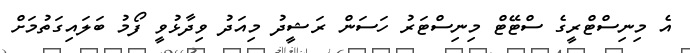
އެ މިނިސްޓްރީގެ ސްޓޭޓް މިނިސްޓަރު ހަސަން ރަޝީދު މިއަދު ވިދާޅުވީ ފޯމު ބަލައިގަތުމަށް